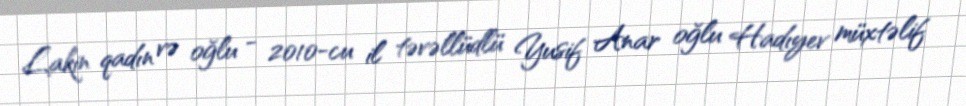
Lakin qadın və oğlu - 2010-cu il təvəllüdlü Yusif Anar oğlu Hadıyev müxtəlif